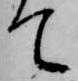
て